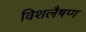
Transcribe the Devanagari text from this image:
विशलैषण